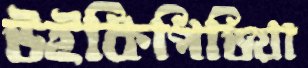
উইকিপিডিয়া